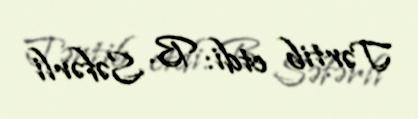
Tərtib etdi: B. Səfərli